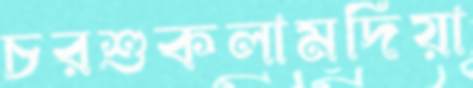
চরশুকলামদিয়া